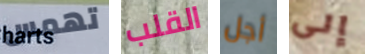
تهمس القلب أجل إلى